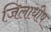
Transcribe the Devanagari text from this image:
जिलाधीष